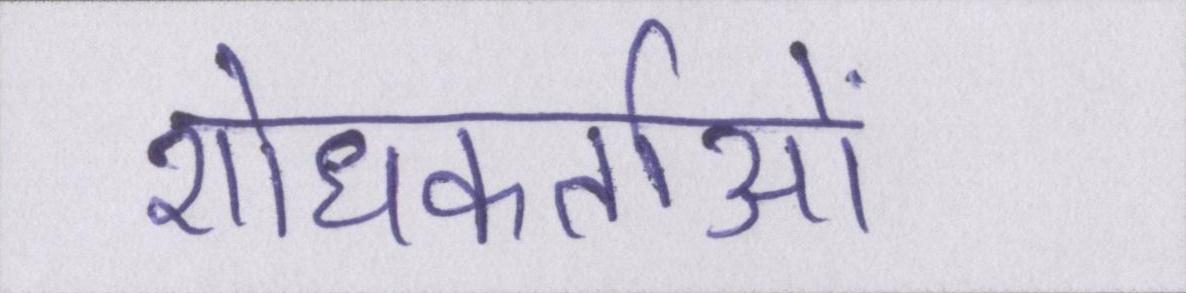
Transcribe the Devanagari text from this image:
शोधकर्ताओं